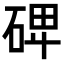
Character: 𥓓